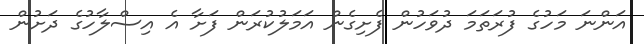
އަންނަ މަހުގެ ފުރަތަމަ ދުވަހުން ފެށިގެން އަމަލުކުރަން ފަށާ އެ އިސްލާހުގެ ދަށުން